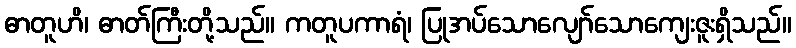
ဓာတူဟိ၊ ဓာတ်ကြီးတို့သည်။ ကတူပကာရံ၊ ပြုအပ်သောလျော်သောကျေးဇူးရှိသည်။